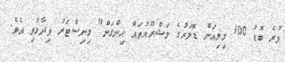
ވުރެ ބޮޑު 100 މިލިއަން ޑޮލަރުގެ މަޝްރޫއުތައް ހިންގަން" މިނިސްޓަރު ވިދާޅުވި އެވެ.